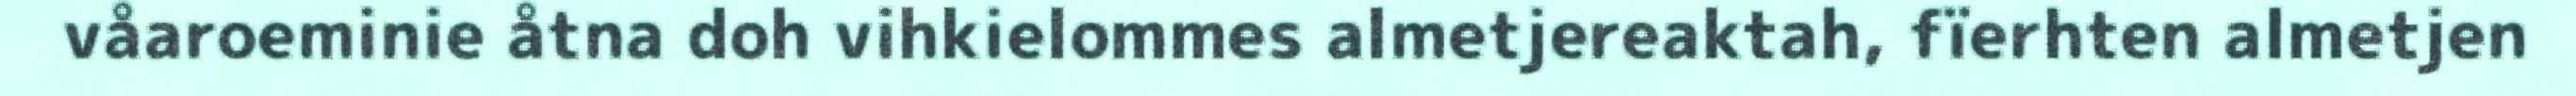
våaroeminie åtna doh vihkielommes almetjereaktah, fïerhten almetjen